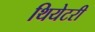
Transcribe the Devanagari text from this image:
थियेटरी